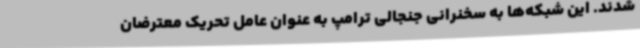
شدند. این شبکه‌ها به سخنرانی جنجالی ترامپ به عنوان عامل تحریک معترضان